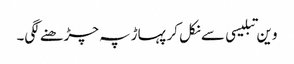
وین تبلیسی سے نکل کر پہاڑ پہ چڑھنے لگی۔